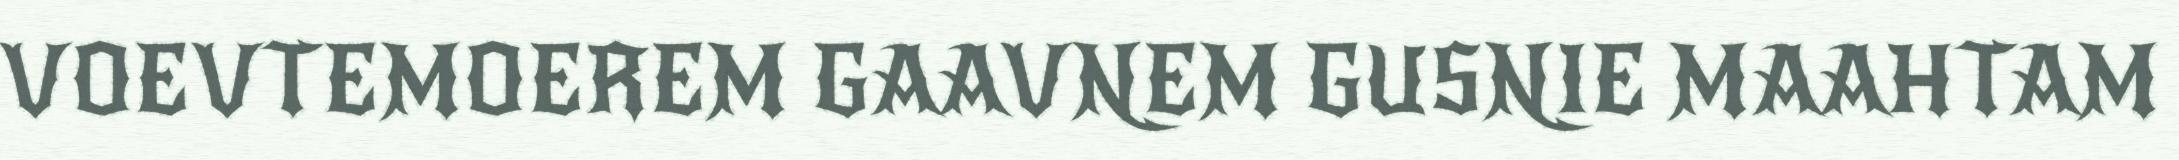
VOEVTEMOEREM GAAVNEM GUSNIE MAAHTAM